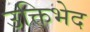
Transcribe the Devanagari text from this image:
उक्तिभेद